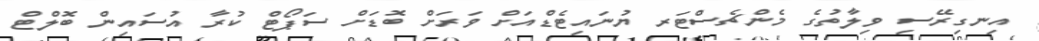
އިނގިރޭސި ވިލާތުގެ މެންޗެސްޓަރ ޔުނައިޓެޑްއަށް ވަރަށް ބޮޑަށް ސަޕޯޓް ކުރާ އުސައިން ބޮލްޓް